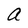
Character: a